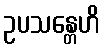
ဥပသန္တေဟိ